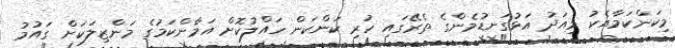
މިކަންކަމާއެކު މިއަދު އަޅުގަނޑުމެންގެ ތެރޭގައި ހުރި ކަންކަން ހައްލުކޮށް އަމާންކަމުގެ މަންޒިލަކަށް ގައުމު